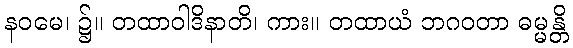
နဝမေ၊ ၌။ တထာဝါဒိနာတိ၊ ကား။ တထာယံ ဘဂဝတာ ဓမ္မန္တိ